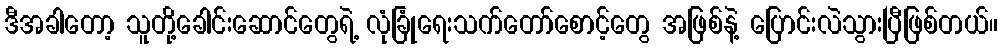
ဒီအခါတော့ သူတို့ခေါင်းဆောင်တွေရဲ့ လုံခြုံရေးသက်တော်စောင့်တွေ အဖြစ်နဲ့ ပြောင်းလဲသွားပြီဖြစ်တယ်။